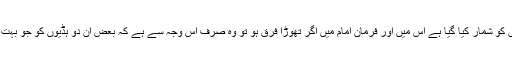
اِس زمانہ میں جو ترکیب اِنسان کی ہڈیوں کو شمار کیا گیا ہے اُس میں اور فرمانِ امام میں اگر تھوڑا فرق ہو تو وہ صرف اس وجہ سے ہے کہ بعض ان دو ہڈیوں کو جو بہت ہی متصل ہیں ایک ہی شمار کیا گیا ہے۔